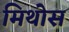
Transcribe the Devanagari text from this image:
मिथोस